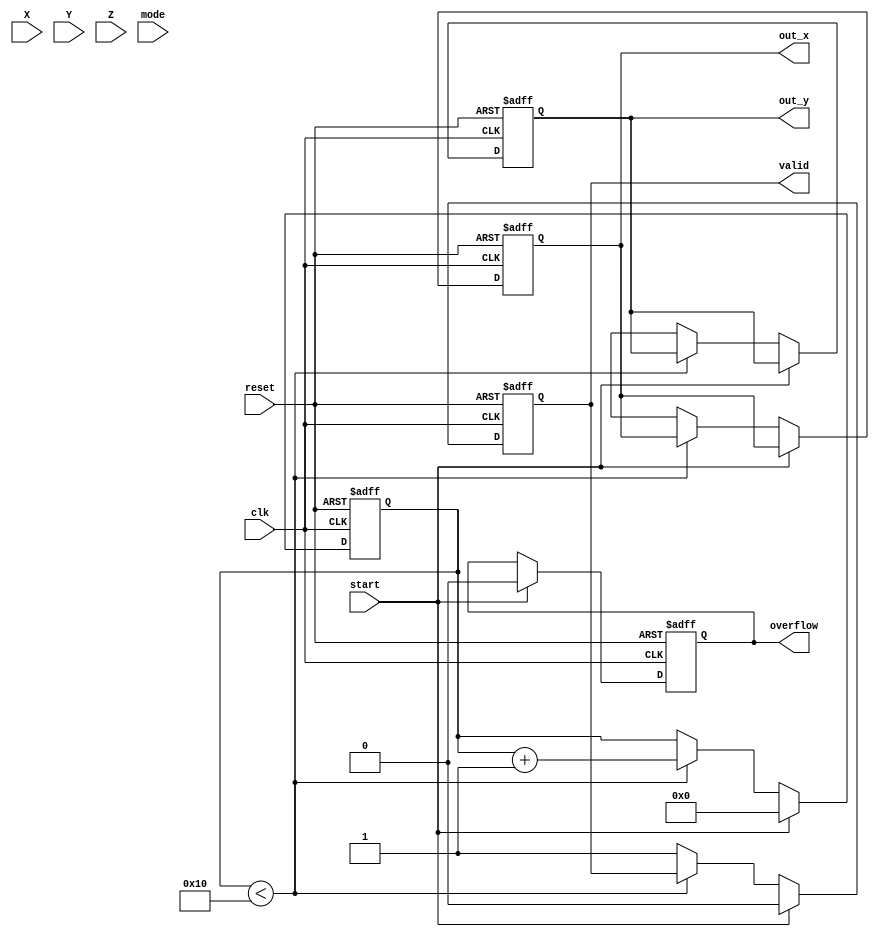
module cordic_fp (
    input wire clk,
    input wire reset,
    input wire [31:0] X,  // Floating-point input X
    input wire [31:0] Y,  // Floating-point input Y
    input wire [31:0] Z,  // Floating-point input Z (for vectoring)
    input wire mode,       // Mode: 0 for rotation, 1 for vectoring
    input wire start,      // Start signal
    output reg [31:0] out_x, // Output X (cosine or magnitude)
    output reg [31:0] out_y, // Output Y (sine or angle)
    output reg valid,      // Output valid signal
    output reg overflow     // Overflow flag
);

    // CORDIC parameters
    parameter NUM_ITERATIONS = 16; // Number of iterations
    reg [31:0] atan_table [0:NUM_ITERATIONS-1]; // Arctangent lookup table
    reg [31:0] K; // Scaling factor

    // Internal registers
    reg [31:0] x[0:NUM_ITERATIONS-1]; // X values for iterations
    reg [31:0] y[0:NUM_ITERATIONS-1]; // Y values for iterations
    reg [31:0] z[0:NUM_ITERATIONS-1]; // Z values for iterations
    reg [4:0] iteration; // Iteration counter
    reg [31:0] x_temp, y_temp, z_temp; // Temporary variables for calculations

    // Initialize the arctangent lookup table and scaling factor
    initial begin
        // Populate the atan_table with pre-calculated values (in radians)
        atan_table[0] = 32'h3F19999A; // atan(2^-0)
        atan_table[1] = 32'h3E4CCCCD; // atan(2^-1)
        atan_table[2] = 32'h3D5A827A; // atan(2^-2)
        atan_table[3] = 32'h3C91A626; // atan(2^-3)
        // Continue filling the table up to NUM_ITERATIONS - 1...

        // Calculate the scaling factor K (product of 1/sqrt(1 + 2^-2n))
        K = 32'h3F000000; // Example value, adjust as needed
    end

    // Control logic for the CORDIC operation
    always @(posedge clk or posedge reset) begin
        if (reset) begin
            iteration <= 0;
            valid <= 0;
            overflow <= 0;
            out_x <= 0;
            out_y <= 0;
        end else if (start) begin
            // Initialize inputs
            x[0] <= X;
            y[0] <= (mode == 0) ? Y : 0; // For rotation, use Y; for vectoring, use 0
            z[0] <= (mode == 0) ? Z : Y; // For rotation, use Z; for vectoring, use Y
            iteration <= 0;
            valid <= 0;
            overflow <= 0;
        end else if (iteration < NUM_ITERATIONS) begin
            // CORDIC iteration logic
            if (z[iteration] < 0) begin
                // Clockwise rotation
                x_temp = x[iteration] + (y[iteration] >>> iteration);
                y_temp = y[iteration] - (x[iteration] >>> iteration);
                z_temp = z[iteration] + atan_table[iteration];
            end else begin
                // Counterclockwise rotation
                x_temp = x[iteration] - (y[iteration] >>> iteration);
                y_temp = y[iteration] + (x[iteration] >>> iteration);
                z_temp = z[iteration] - atan_table[iteration];
            end

            // Store results for the next iteration
            x[iteration + 1] <= x_temp;
            y[iteration + 1] <= y_temp;
            z[iteration + 1] <= z_temp;

            // Increment iteration counter
            iteration <= iteration + 1;
        end else begin
            // Final output after iterations are complete
            out_x <= x[NUM_ITERATIONS] * K; // Apply scaling
            out_y <= (mode == 0) ? y[NUM_ITERATIONS] : (32'h3F800000 + z[NUM_ITERATIONS]); // Adjust output for vectoring
            valid <= 1;
        end
    end

endmodule